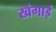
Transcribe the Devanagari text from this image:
खंगाई